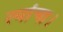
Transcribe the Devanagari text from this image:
त्यांचा।